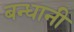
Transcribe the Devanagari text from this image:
बन्धानी